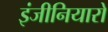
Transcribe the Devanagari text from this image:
इंजीनियारों